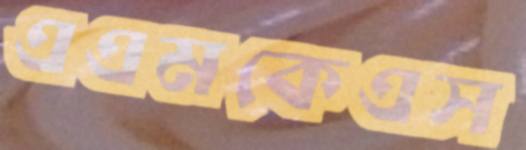
এএমকেএস